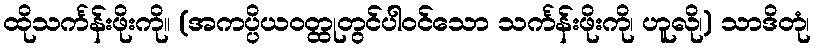
ထိုသင်္ကန်းဖိုးကို။ (အကပ္ပိယဝတ္ထုတွင်ပါဝင်သော သင်္ကန်းဖိုးကို၊ ဟူလို၊) သာဒိတုံ၊